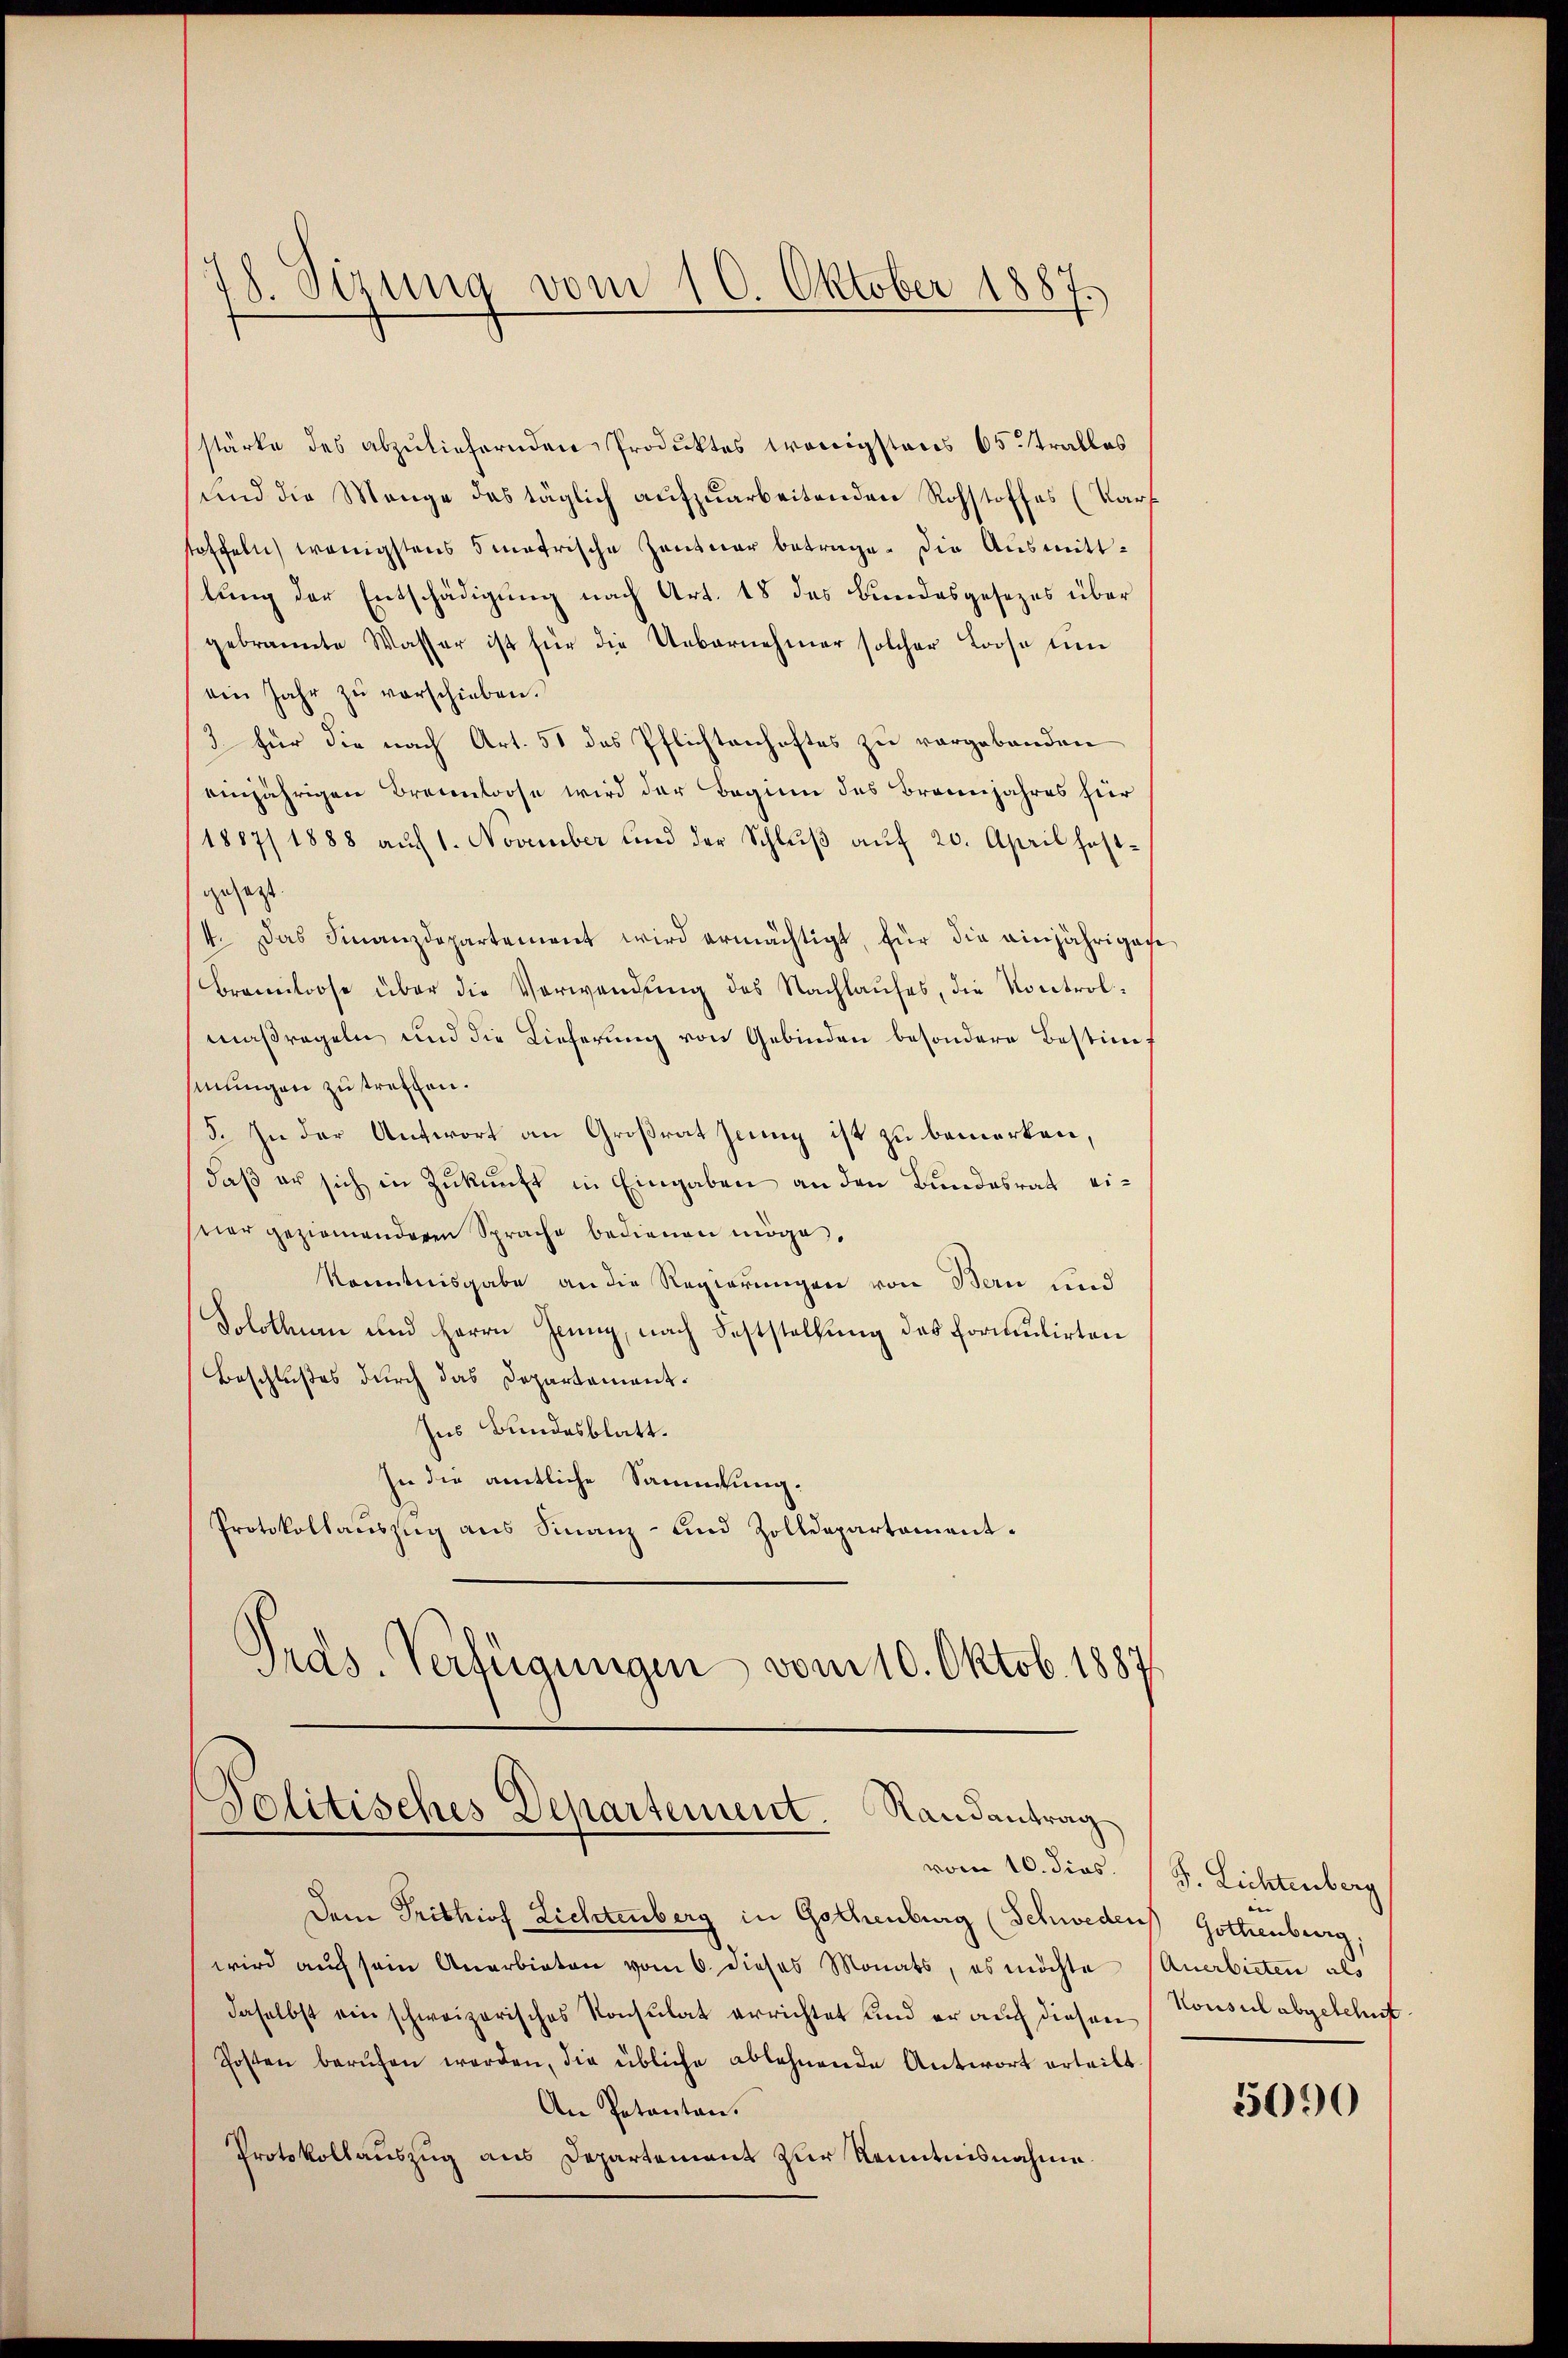
18. Sizung vom 10. Oktober 1887.

stärke des abzuliefernden Produktes wenigstens 65. tratlos
und die Menge das täglich aufzuarbeitenden Rohstoffes (Kars
toffeln, wenigstens matrische Zentner betrage. Die Ausmittlung der Entschädigung nach Art. 18 des Bundesgesezes über
gebrannte Wasser ist für die Uebernehmer solcher Loose um
vin Jahr zŭ verschieben.
2 für die nach Art. 51 des Pflichtenhaftes zu vorgebenden
einjährigen Brennloose wird der Beginn des Brannjahres für
1887/1888 auf 1. November und der Schluß auf 20. April festgesetzt.
4. Das Finanzdepartement wird ermächtigt, für die einjährigen
Bramloose über die Verwendŭng des Nachlaŭfes, die Kontrol-
maßregeln und die Lieferung von Gebinden besondere Bestimmf
sinungen zu treffen.
5. In der Antwort an Großrat Jeung ist zu bemerken,
daβ er sich in Zŭkŭnft in Eingaben an den Bundesrat einer geziemenderen Sprache bedienen möge,
Kenntnisgabe an die Regierungen von Bern und
Solothurn und Herrn Jenny, nach Feststellung des formulirten
Beschlußes durch das Departament.
Ins Bundesblatt.
sie die amtliche Sammlung.
Protokollaŭszŭg ans Finanz- und Zolldepartament-
Prds-Verfügungen vom 10. Oktob. 1887.

Politisches Departement. Randantrag
vom 10. dies.

Dem Tribhiof Lichtenberg in Gothenburg (Schweden Gothenburg,
wird auch sein Anerbieten vom 6. dieses Monats, es möchte (Anerbieten als
daselbst ein schweizerisches Konsulat errichtet und er aŭf diesen Konsul abgelehnt.
Posten berŭfen werden, die übliche ablehnende Antwort erteilt.
An Potanten.
Protokollauszug aus Departement zur Kenntnisnahme

J. Lichtenberg
e

5090